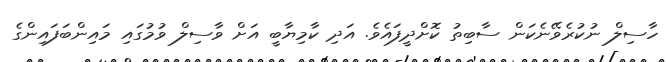
ހާސިލް ނުކުރެވޭނެކަން ސާބިތު ކޮށްދީފައެވެ. އަދި ކާމިޔާބީ އަށް ވާސިލް ވުމުގައި މައިންބަފައިންގެ